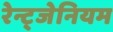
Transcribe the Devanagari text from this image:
रेन्ट्जेनियम